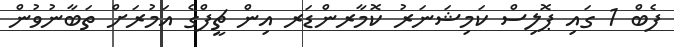
ފެބް 1 ގައި ޕޮލިސް ކަމިޝަނަރު ކޮމާރންޑަރ އިން ޗީފްގެ އަމުރަށް ތަބާނުވުން